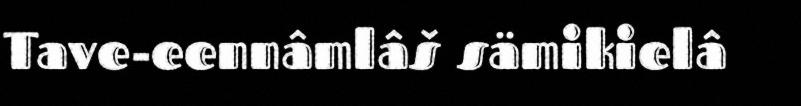
Tave-eennâmlâš sämikielâ